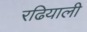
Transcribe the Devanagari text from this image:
रढियाली